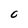
Character: C